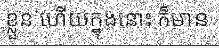
ខ្លួន ហើយក្នុងនោះ ក៏មាន